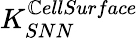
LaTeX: K_{SNN}^{\mathbb{C}ellSurface}